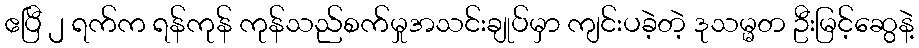
ဧပြီ ၂ ရက်က ရန်ကုန် ကုန်သည်စက်မှုအသင်းချုပ်မှာ ကျင်းပခဲ့တဲ့ ဒုသမ္မတ ဦးမြင့်ဆွေနဲ့